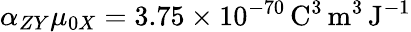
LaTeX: \alpha_{ZY}\mu_{0X}=3.75\times 10^{-70}\, \mathrm{C}^{3}\, \mathrm{m}^{3}\, \mathrm{J}^{-1}